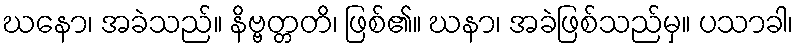
ဃနော၊ အခဲသည်။ နိဗ္ဗတ္တတိ၊ ဖြစ်၏။ ဃနာ၊ အခဲဖြစ်သည်မှ။ ပသာခါ၊